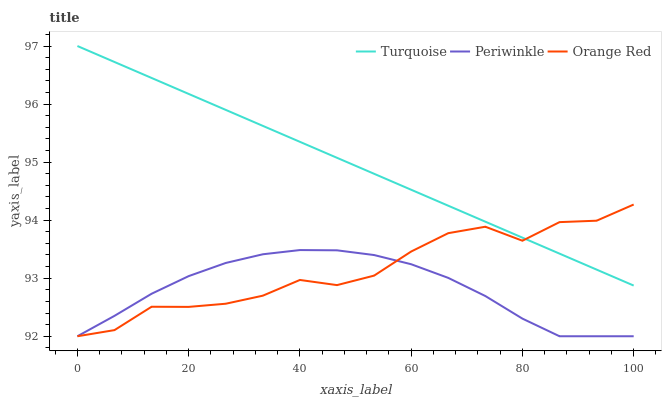
| xaxis_label | Turquoise | Periwinkle | Orange Red |
 | --- | --- | --- | --- |
 | 0 | 97 | 92 | 92 |
 | 6.67 | 96.7 | 92.4 | 92.1 |
 | 13.3 | 96.4 | 92.7 | 92.5 |
 | 20 | 96.2 | 93 | 92.5 |
 | 26.7 | 95.9 | 93.3 | 92.6 |
 | 33.3 | 95.6 | 93.4 | 92.7 |
 | 40 | 95.3 | 93.5 | 93 |
 | 46.7 | 95.1 | 93.5 | 92.9 |
 | 53.3 | 94.8 | 93.4 | 93 |
 | 60 | 94.5 | 93.2 | 93.5 |
 | 66.7 | 94.2 | 93 | 93.8 |
 | 73.3 | 94 | 92.7 | 93.9 |
 | 80 | 93.7 | 92.3 | 93.6 |
 | 86.7 | 93.4 | 92 | 94 |
 | 93.3 | 93.1 | 92 | 94 |
 | 100 | 92.9 | 92 | 94.3 |